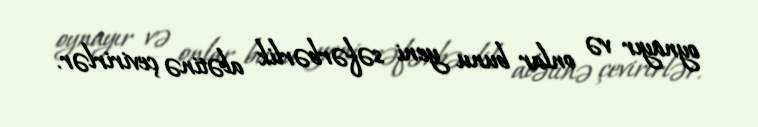
oynayır və onlar bunu yeni səfərbərlik alətinə çevirirlər.